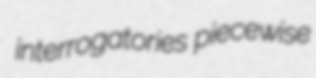
interrogatories piecewise